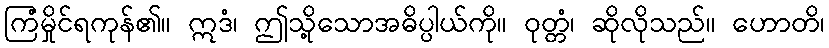
ကြံမှိုင်ရကုန်၏။ ဣဒံ၊ ဤသို့သောအဓိပ္ပါယ်ကို။ ဝုတ္တံ၊ ဆိုလိုသည်။ ဟောတိ၊